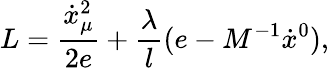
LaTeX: L=\frac{\dot{x}_{\mu}^{2}}{2e}+\frac{\lambda}{l}(e-M^{-1}\dot{x}{}^{0}),